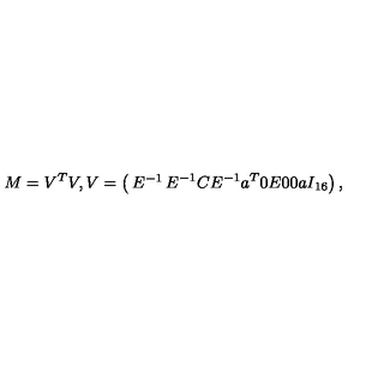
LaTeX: M = V ^ { T } V , V = \left( \begin{matrix} { E ^ { - 1 } } & { E ^ { - 1 } C } & { E ^ { - 1 } a ^ { T } } \\ { 0 } & { E } & { 0 } \\ { 0 } & { a } & { I _ { 1 6 } } \\ \end{matrix} \right) ,